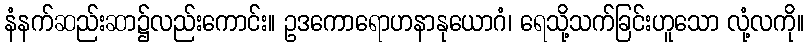
နံနက်ဆည်းဆာ၌လည်းကောင်း။ ဥဒကောရောဟနာနုယောဂံ၊ ရေသို့သက်ခြင်းဟူသော လုံ့လကို။